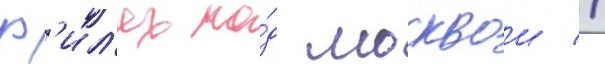
ф'ил'ях по́д москвои //